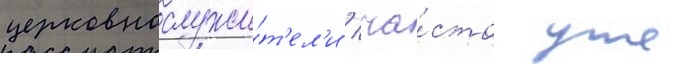
церковнослужи́т'ел'и / ча́сто уже